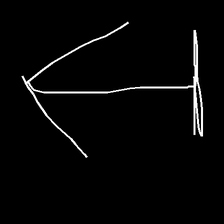
Glyph: levitation